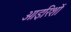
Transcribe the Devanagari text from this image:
आइरिशों